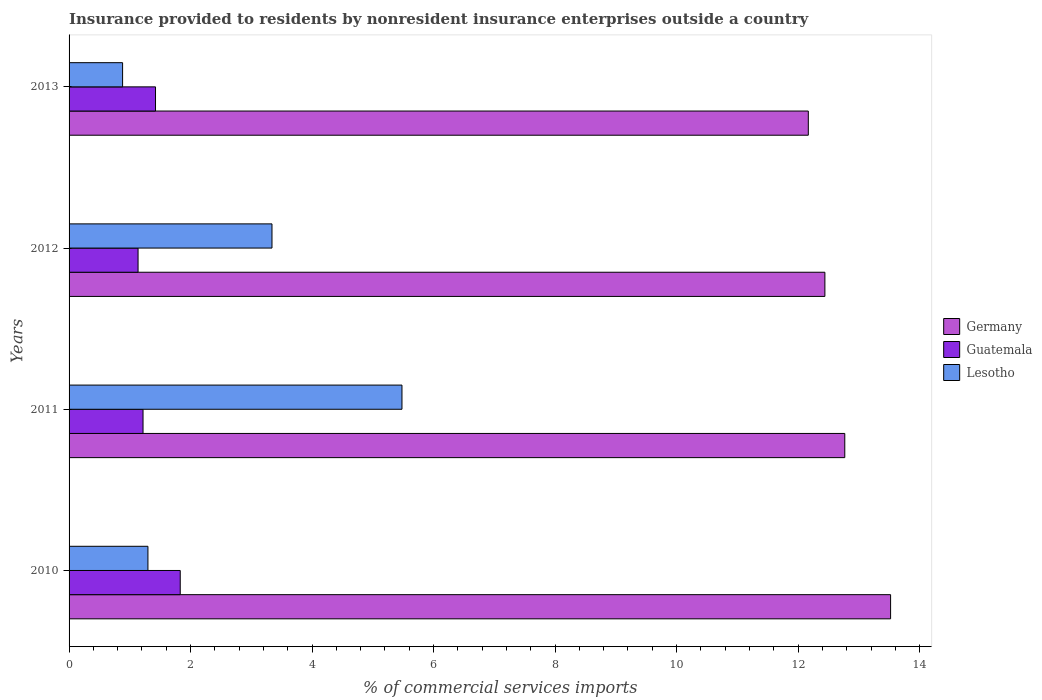
| Years | Germany | Guatemala | Lesotho |
 | --- | --- | --- | --- |
 | 2010 | 13.5 | 1.83 | 1.3 |
 | 2011 | 12.8 | 1.22 | 5.48 |
 | 2012 | 12.4 | 1.14 | 3.34 |
 | 2013 | 12.2 | 1.42 | 0.881 |